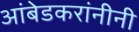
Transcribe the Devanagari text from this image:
आंबेडकरांनीनी